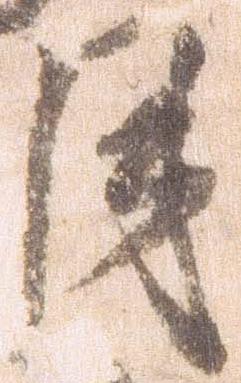
月